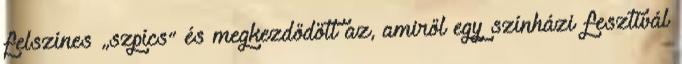
felszínes „szpícs” és megkezdődött az, amiről egy színházi fesztivál